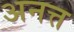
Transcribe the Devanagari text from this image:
अनत्त